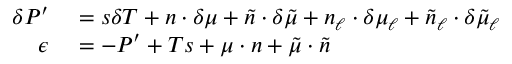
\begin{array} { r l } { \delta P ^ { \prime } } & { { } = s \delta T + n \cdot \delta \mu + \tilde { n } \cdot \delta \tilde { \mu } + n _ { \ell } \cdot \delta \mu _ { \ell } + \tilde { n } _ { \ell } \cdot \delta \tilde { \mu } _ { \ell } } \\ { \epsilon } & { { } = - P ^ { \prime } + T s + \mu \cdot n + \tilde { \mu } \cdot \tilde { n } } \end{array}